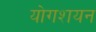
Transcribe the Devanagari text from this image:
योगशयन